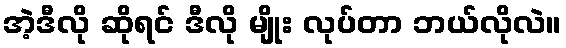
အဲ့ဒီလို ဆိုရင် ဒီလို မျိုး လုပ်တာ ဘယ်လိုလဲ။